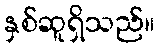
နှစ်ဆူရှိသည်။